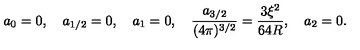
a _ { 0 } = 0 , \quad a _ { 1 / 2 } = 0 , \quad a _ { 1 } = 0 , \quad \frac { a _ { 3 / 2 } } { ( 4 \pi ) ^ { 3 / 2 } } = \frac { 3 \xi ^ { 2 } } { 6 4 R } , \quad a _ { 2 } = 0 .